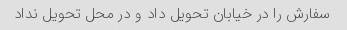
سفارش را در خیابان تحویل داد و در محل تحویل نداد